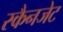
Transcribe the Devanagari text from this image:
स्कैनजेट